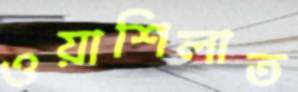
ওয়াশিলাত